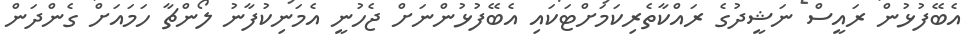
އެބޭފުޅުން ރައީސް ނަޝީދުގެ ރައްކާތެރިކަމަށްޓަކައި އެބޭފުޅުންނަށް ޖެހުނީ އެމަނިކުފާނު ލޯންޗާ ހަމައަށް ގެންދަން